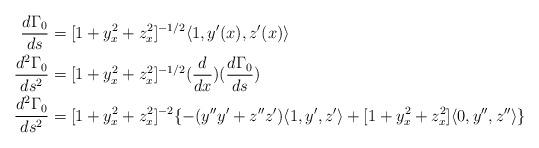
LaTeX: \begin{align*}\frac{d\Gamma_{0}}{ds} &= [1+y_{x}^{2}+z_{x}^{2}]^{-1/2}\langle 1,y'(x),z'(x)\rangle\\\frac{d^{2}\Gamma_{0}}{ds^{2}} &= [1+y_{x}^{2}+z_{x}^{2}]^{-1/2}(\frac{d}{dx})(\frac{d\Gamma_{0}}{ds})\\\frac{d^{2}\Gamma_{0}}{ds^{2}} &= [1+y_{x}^{2}+z_{x}^{2}]^{-2}\{-(y''y'+z''z')\langle 1, y',z'\rangle+[1+y_{x}^{2}+z_{x}^{2}]\langle 0,y'',z''\rangle\}\end{align*}